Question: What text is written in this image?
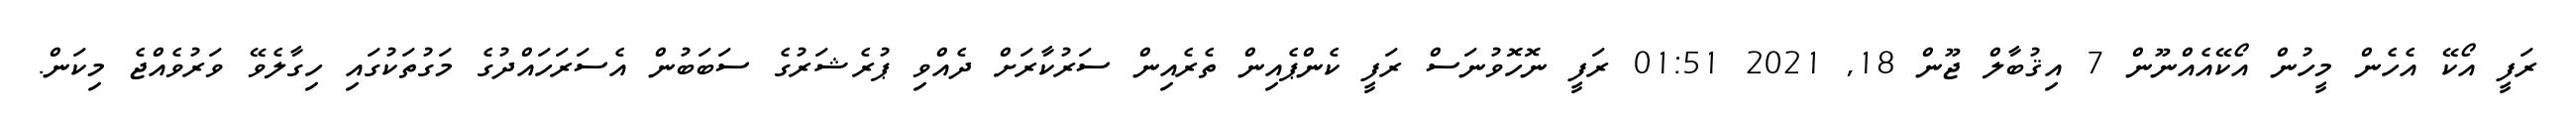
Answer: ރަފީ އޯކޭ އެހެން މީހުން އޯކޭއެއްނޫން 7 އިޤުބާލް ޖޫން 18, 2021 01:51 ރަފީ ނޮހޮވުނަސް ރަފީ ކެންޕެއިން ތެރެއިން ސަރުކާރަށް ދެއްވި ޕުރެޝަރުގެ ސަބަބުން އެސަރަހައްދުގެ މަގުތަކުގައި ހިގާލެވޭ ވަރުވެއްޖެ މިކަން.